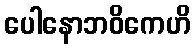
ပေါနောဘဝိကေဟိ